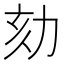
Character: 劾